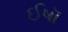
ઈષૉ